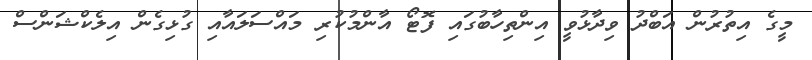
މީގެ އިތުރުން އަބްދު ވިދާޅުވީ އިންތިހާބުގައި ފޮޓޯ އާންމުކުރި މައްސަލައާއި ގުޅިގެން އިލެކްޝަންސް